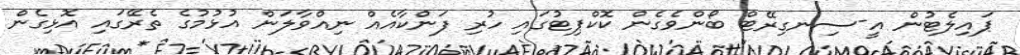
ޕައިލެޓުން އީ-ސިނގިރޭޓް ބޯންވެގެން ކޮކްޕިޓުގައި ހުރި ފަންކާއެއް ނިއްވާލަން އުޅުމުގެ ތެރޭގައި އޮޅިގެން